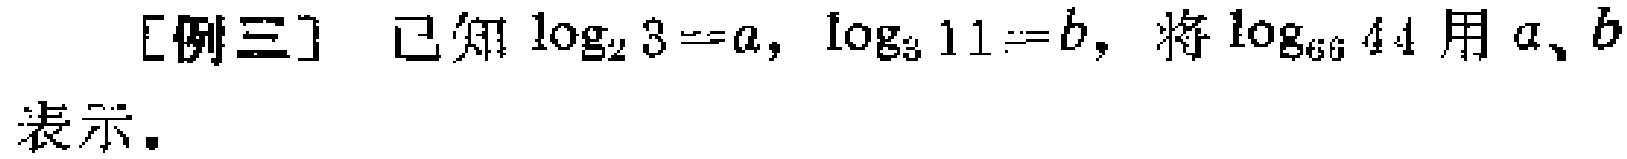
[例三] 已知\(\log_{2}3 = a\)，\(\log_{3}11 = b\)，将\(\log_{66}44\)用\(a\)、\(b\)表示。